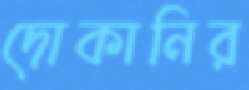
দোকানির